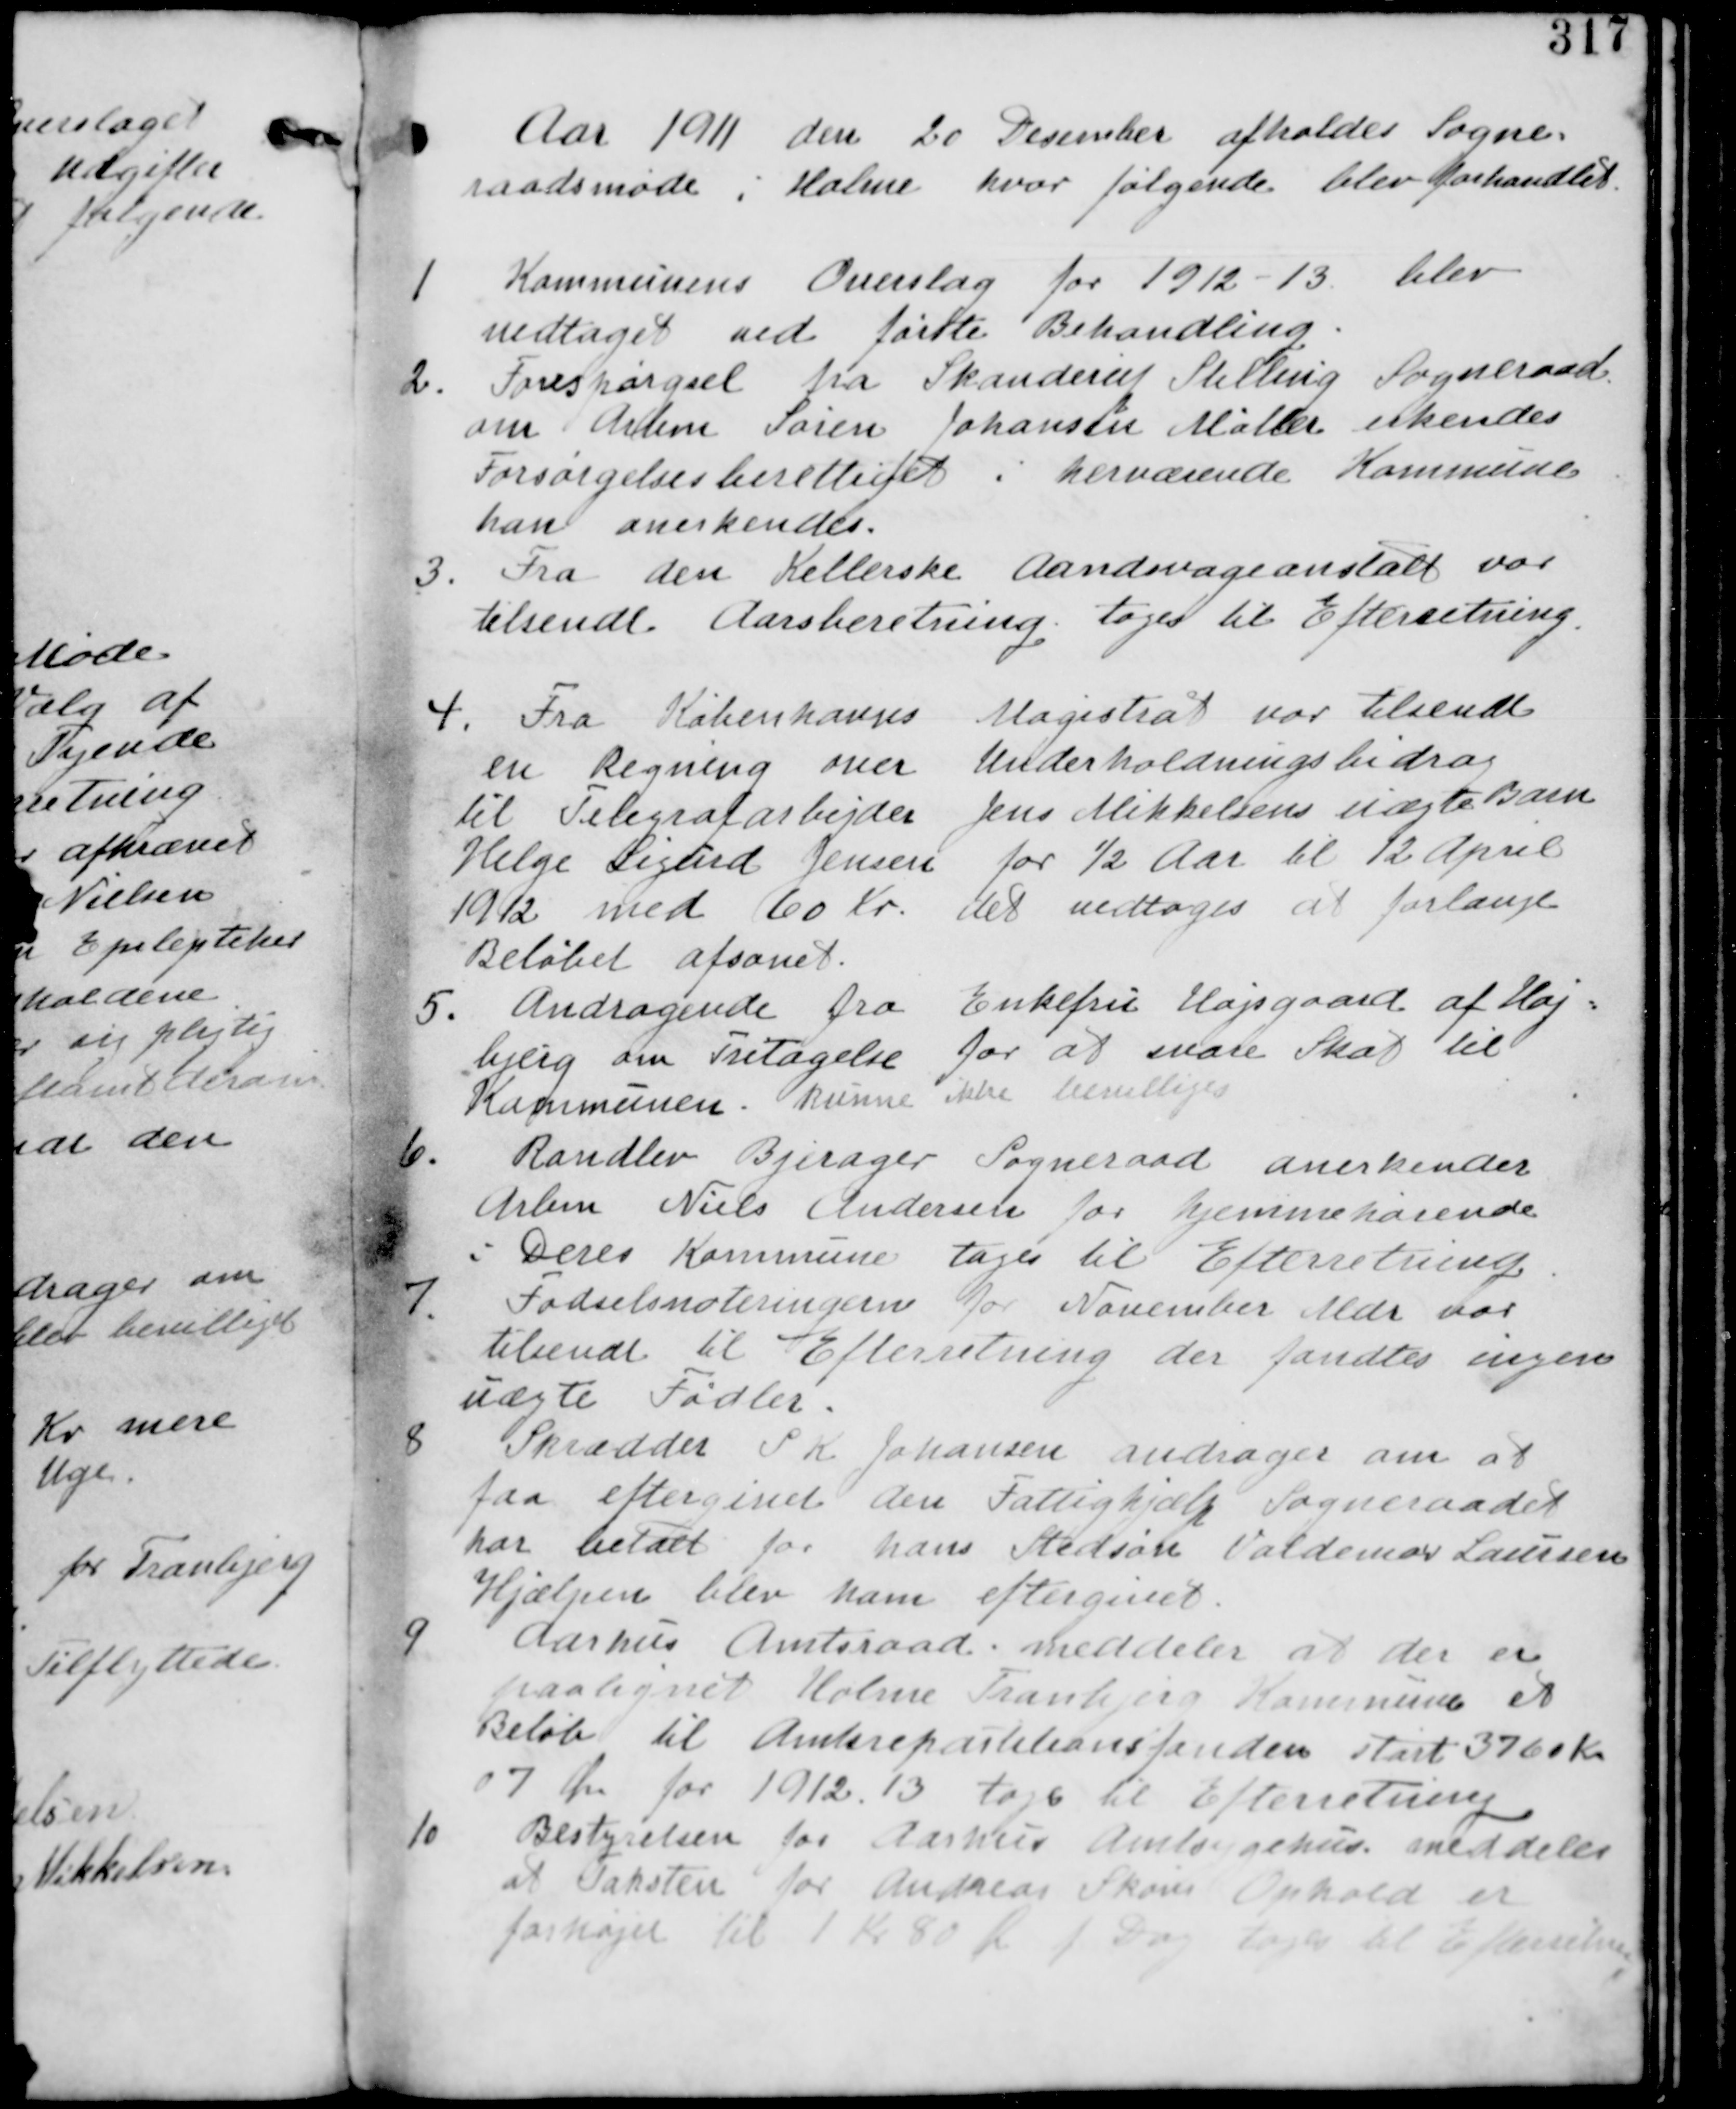
Transskription:
Aar 1911 den 20 December afholdes Sogne-
raadsmøde i Holme hvor følgende blev forhandlet.

1. Kommunens Overslag for 1912-13 blev
vedtaget ved første behandling.

2. Forespørgsel fra Skanderup Stilling Sogneraad
om Arbm Søren Johansen Møller erkendes
Forsørgelsesberettiget i herværende Kommune.
han anerkendes.

3. Fra den Kellerske Aandsvageanstalt var
tilsendt Aarsberetning tages til Efterretning.

4. Fra Københavns Magistrat var tilsendt
en Regning over Underholdningsbidrag
til Telegrafarbejder Jens Mikkelsens uægte Barn
Helge Sigurd Jensen for ½ Aar til 12 April
1912 med 60 Kr. det vedtages at forlange
Beløbet afsonet.

5. Andragende fra Enkefru Hajsgaard af Høj-
bjerg om Fritagelse for at svare Skat til
Kommunen. kunne ikke bevilliges.

6. Randlev Bjergager Sogneraad anerkender
Arbm Niels Andersen for hjemmehørende
i Deres kommune tages til Efterretning.

7. Fødselsnoteringerne for November Mdr var
tilsendt til Efterretning der fandtes ingen
uægte Fødsler.

8. Skrædder S.K. Johansen andrager om at
faa eftergivet den Fattighjælp Sogneraadet
har betalt for hans Stedsøn Valdemar Laursen
Hjælpen blev ham eftergivet.

9. Aarhus Amtsraad meddeler at der er
paalignet Holme Tranbjerg Kommune et
Beløb til Amtsreparationsfonden start 3760 Kr
07 Øre for 1912-13 tages til Efterretning

10. Bestyrelsen for Aarhus Amtsygehus meddeler
at Taksten for Andreas Skous Ophold er
forhøjet til 1 Kr 80 Øre pr Dag tages til Efterretning